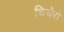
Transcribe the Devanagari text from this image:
चिचेरो